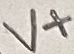
Text: V+